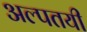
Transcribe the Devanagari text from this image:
अल्पतयी